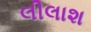
લીલાશ